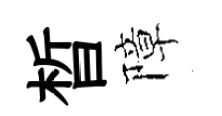
晳障